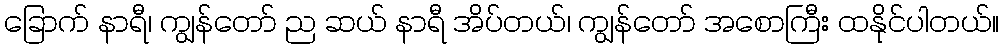
ခြောက် နာရီ၊ ကျွန်တော် ည ဆယ် နာရီ အိပ်တယ်၊ ကျွန်တော် အစောကြီး ထနိုင်ပါတယ်။